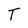
Character: T